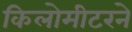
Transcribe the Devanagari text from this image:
किलोमीटरने